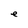
Character: e